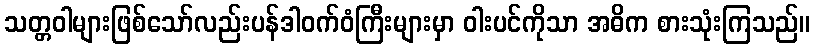
သတ္တဝါများဖြစ်သော်လည်းပန်ဒါဝက်ဝံကြီးများမှာ ဝါးပင်ကိုသာ အဓိက စားသုံးကြသည်။